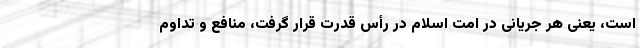
است، یعنی هر جریانی در امت اسلام در رأس قدرت قرار گرفت، منافع و تداوم